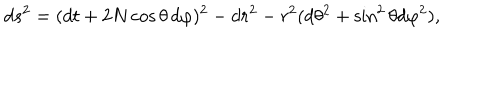
d s ^ { 2 } = ( d t + 2 N \cos \theta \, d \varphi ) ^ { 2 } - d r ^ { 2 } - r ^ { 2 } ( d \theta ^ { 2 } + \sin ^ { 2 } \theta d \varphi ^ { 2 } ) ,